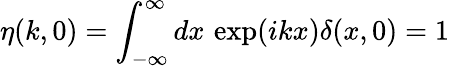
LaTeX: \eta(k,0)=\int_{-\infty}^{\infty}dx\, \exp(ikx)\delta(x,0)=1